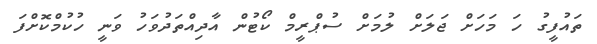
ތައުފީގު ހަ މަހަށް ޖަލަށް ލުމަށް ސުޕްރީމް ކޯޓުން އާދިއްތަދުވަހު ވަނީ ހުކުމްކޮށްފަ